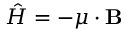
{ \hat { H } } = - { \boldsymbol { \mu } } \cdot \mathbf { B }